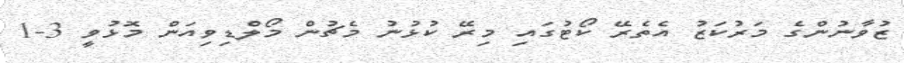
ޒުވާނުންގެ މަރުކަޒު އެތެރޭ ކޯޓުގައި މިރޭ ކުޅުނު މެޗުން މޯލްޑިވިއަން މޮޅުވީ 3-1